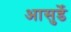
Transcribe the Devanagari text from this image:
आसुर्डे